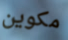
مكوين